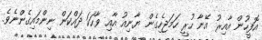
އޮފީހުން އާއިރު އޭނާ ހުރީ ހަމަޖެހިގެން ޔާނިއު އާއި ވާހަކަ ދައްކަން ނިންމައިގެންނެވެ.